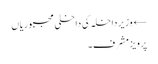
← وزیر داخلہ کی داخلی مجبوریاں
پرویز مشرف۔